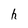
Character: h